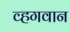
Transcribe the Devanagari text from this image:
व्हगवान